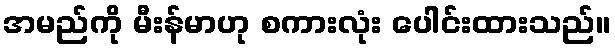
အမည်ကို မီးန်မာဟု စကားလုံး ပေါင်းထားသည်။